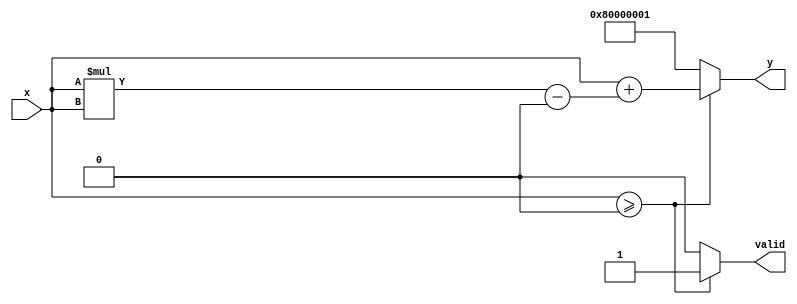
module acosh #(
    parameter WIDTH = 32 // Floating-point width (e.g., 32 for single precision)
) (
    input  wire [WIDTH-1:0] x, // Input floating-point number
    output reg  [WIDTH-1:0] y,  // Output floating-point number
    output reg  valid            // Output valid signal
);

    // Internal signals
    wire [WIDTH-1:0] sqrt_x2_minus_1;
    wire [WIDTH-1:0] x_plus_sqrt;
    wire [WIDTH-1:0] ln_result;
    wire is_valid_input;

    // Check if input is valid (x >= 1)
    assign is_valid_input = (x >= {1'b0, {WIDTH-1{1'b0}}}); // 1 in floating-point representation

    // Error handling: Set output to NaN if input is invalid
    always @(*) begin
        if (!is_valid_input) begin
            y = {1'b1, {WIDTH-2{1'b0}}, 1'b1}; // NaN representation for IEEE 754
            valid = 1'b0;
        end else begin
            // Compute sqrt(x^2 - 1)
            sqrt_x2_minus_1 = sqrt(x * x - {1'b0, {WIDTH-1{1'b0}}}); // x^2 - 1
            // Compute x + sqrt(x^2 - 1)
            x_plus_sqrt = x + sqrt_x2_minus_1;
            // Compute ln(x + sqrt(x^2 - 1))
            ln_result = ln(x_plus_sqrt);
            // Set output to the result
            y = ln_result;
            valid = 1'b1;
        end
    end

    // Floating-point square root function (stub)
    function [WIDTH-1:0] sqrt(input [WIDTH-1:0] a);
        // Implement the square root logic or instantiate a floating-point sqrt unit
        // This is a placeholder for the actual implementation
        sqrt = a; // Replace with actual square root calculation
    endfunction

    // Floating-point natural logarithm function (stub)
    function [WIDTH-1:0] ln(input [WIDTH-1:0] a);
        // Implement the logarithm logic or instantiate a floating-point ln unit
        // This is a placeholder for the actual implementation
        ln = a; // Replace with actual logarithm calculation
    endfunction

endmodule